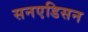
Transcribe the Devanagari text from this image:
सनएडिसन